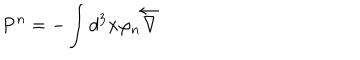
\mathbf { P } ^ { n } = - \int d ^ { 3 } \mathbf { x } \varphi _ { n } \overleftarrow { \nabla }